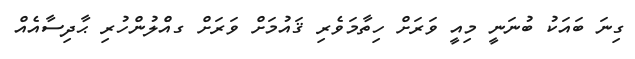
ގިނަ ބައަކު ބުނަނީ މިއީ ވަރަށް ހިތާމަވެރި ޤައުމަށް ވަރަށް ގއެްލުންހުރި ޙާދިސާއެއް